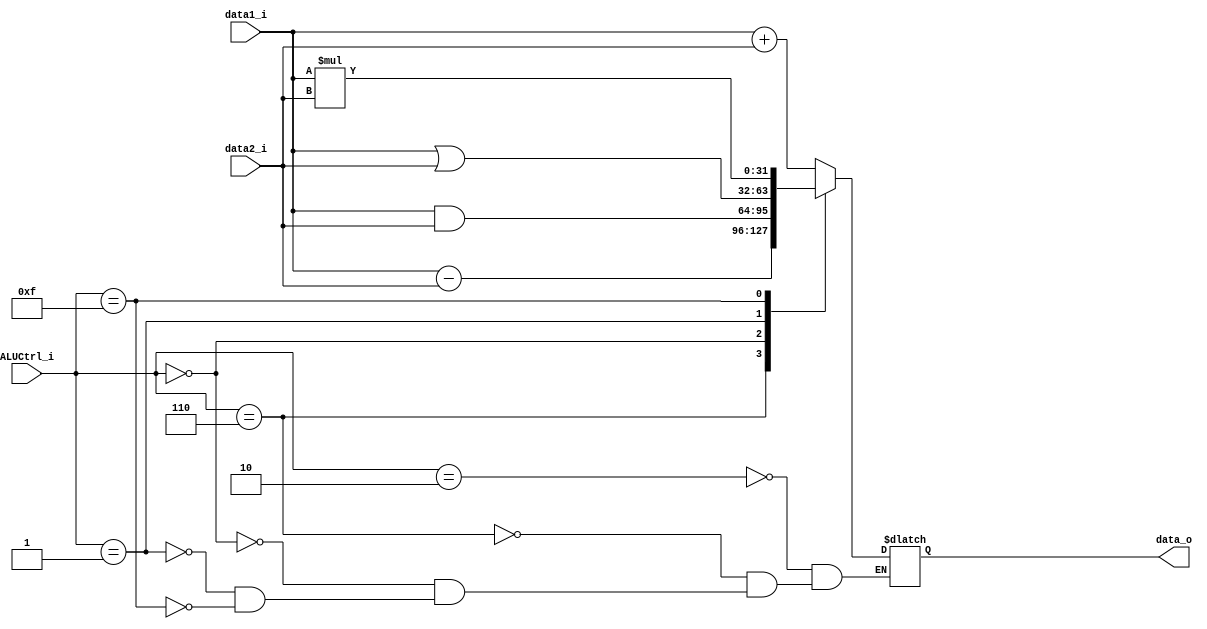
module ALU(data1_i,data2_i,ALUCtrl_i,data_o);
    input [31:0] data1_i,data2_i;
    input [3:0] ALUCtrl_i;
    output reg [31:0] data_o;
    always @(*) begin
        case (ALUCtrl_i)
            4'b0010: data_o = data1_i + data2_i;
            4'b0110: data_o = data1_i - data2_i;
            4'b0000: data_o = data1_i & data2_i;
            4'b0001: data_o = data1_i | data2_i;
            4'b1111: data_o = data1_i * data2_i;
        endcase
    end
endmodule